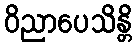
ဝိညာပေသိန္တိ